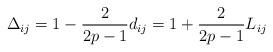
LaTeX: \begin{align*}\Delta_{ij}=1- \frac{2}{2p-1} d_{ij}=1+\frac{2}{2p-1} L_{ij}\end{align*}